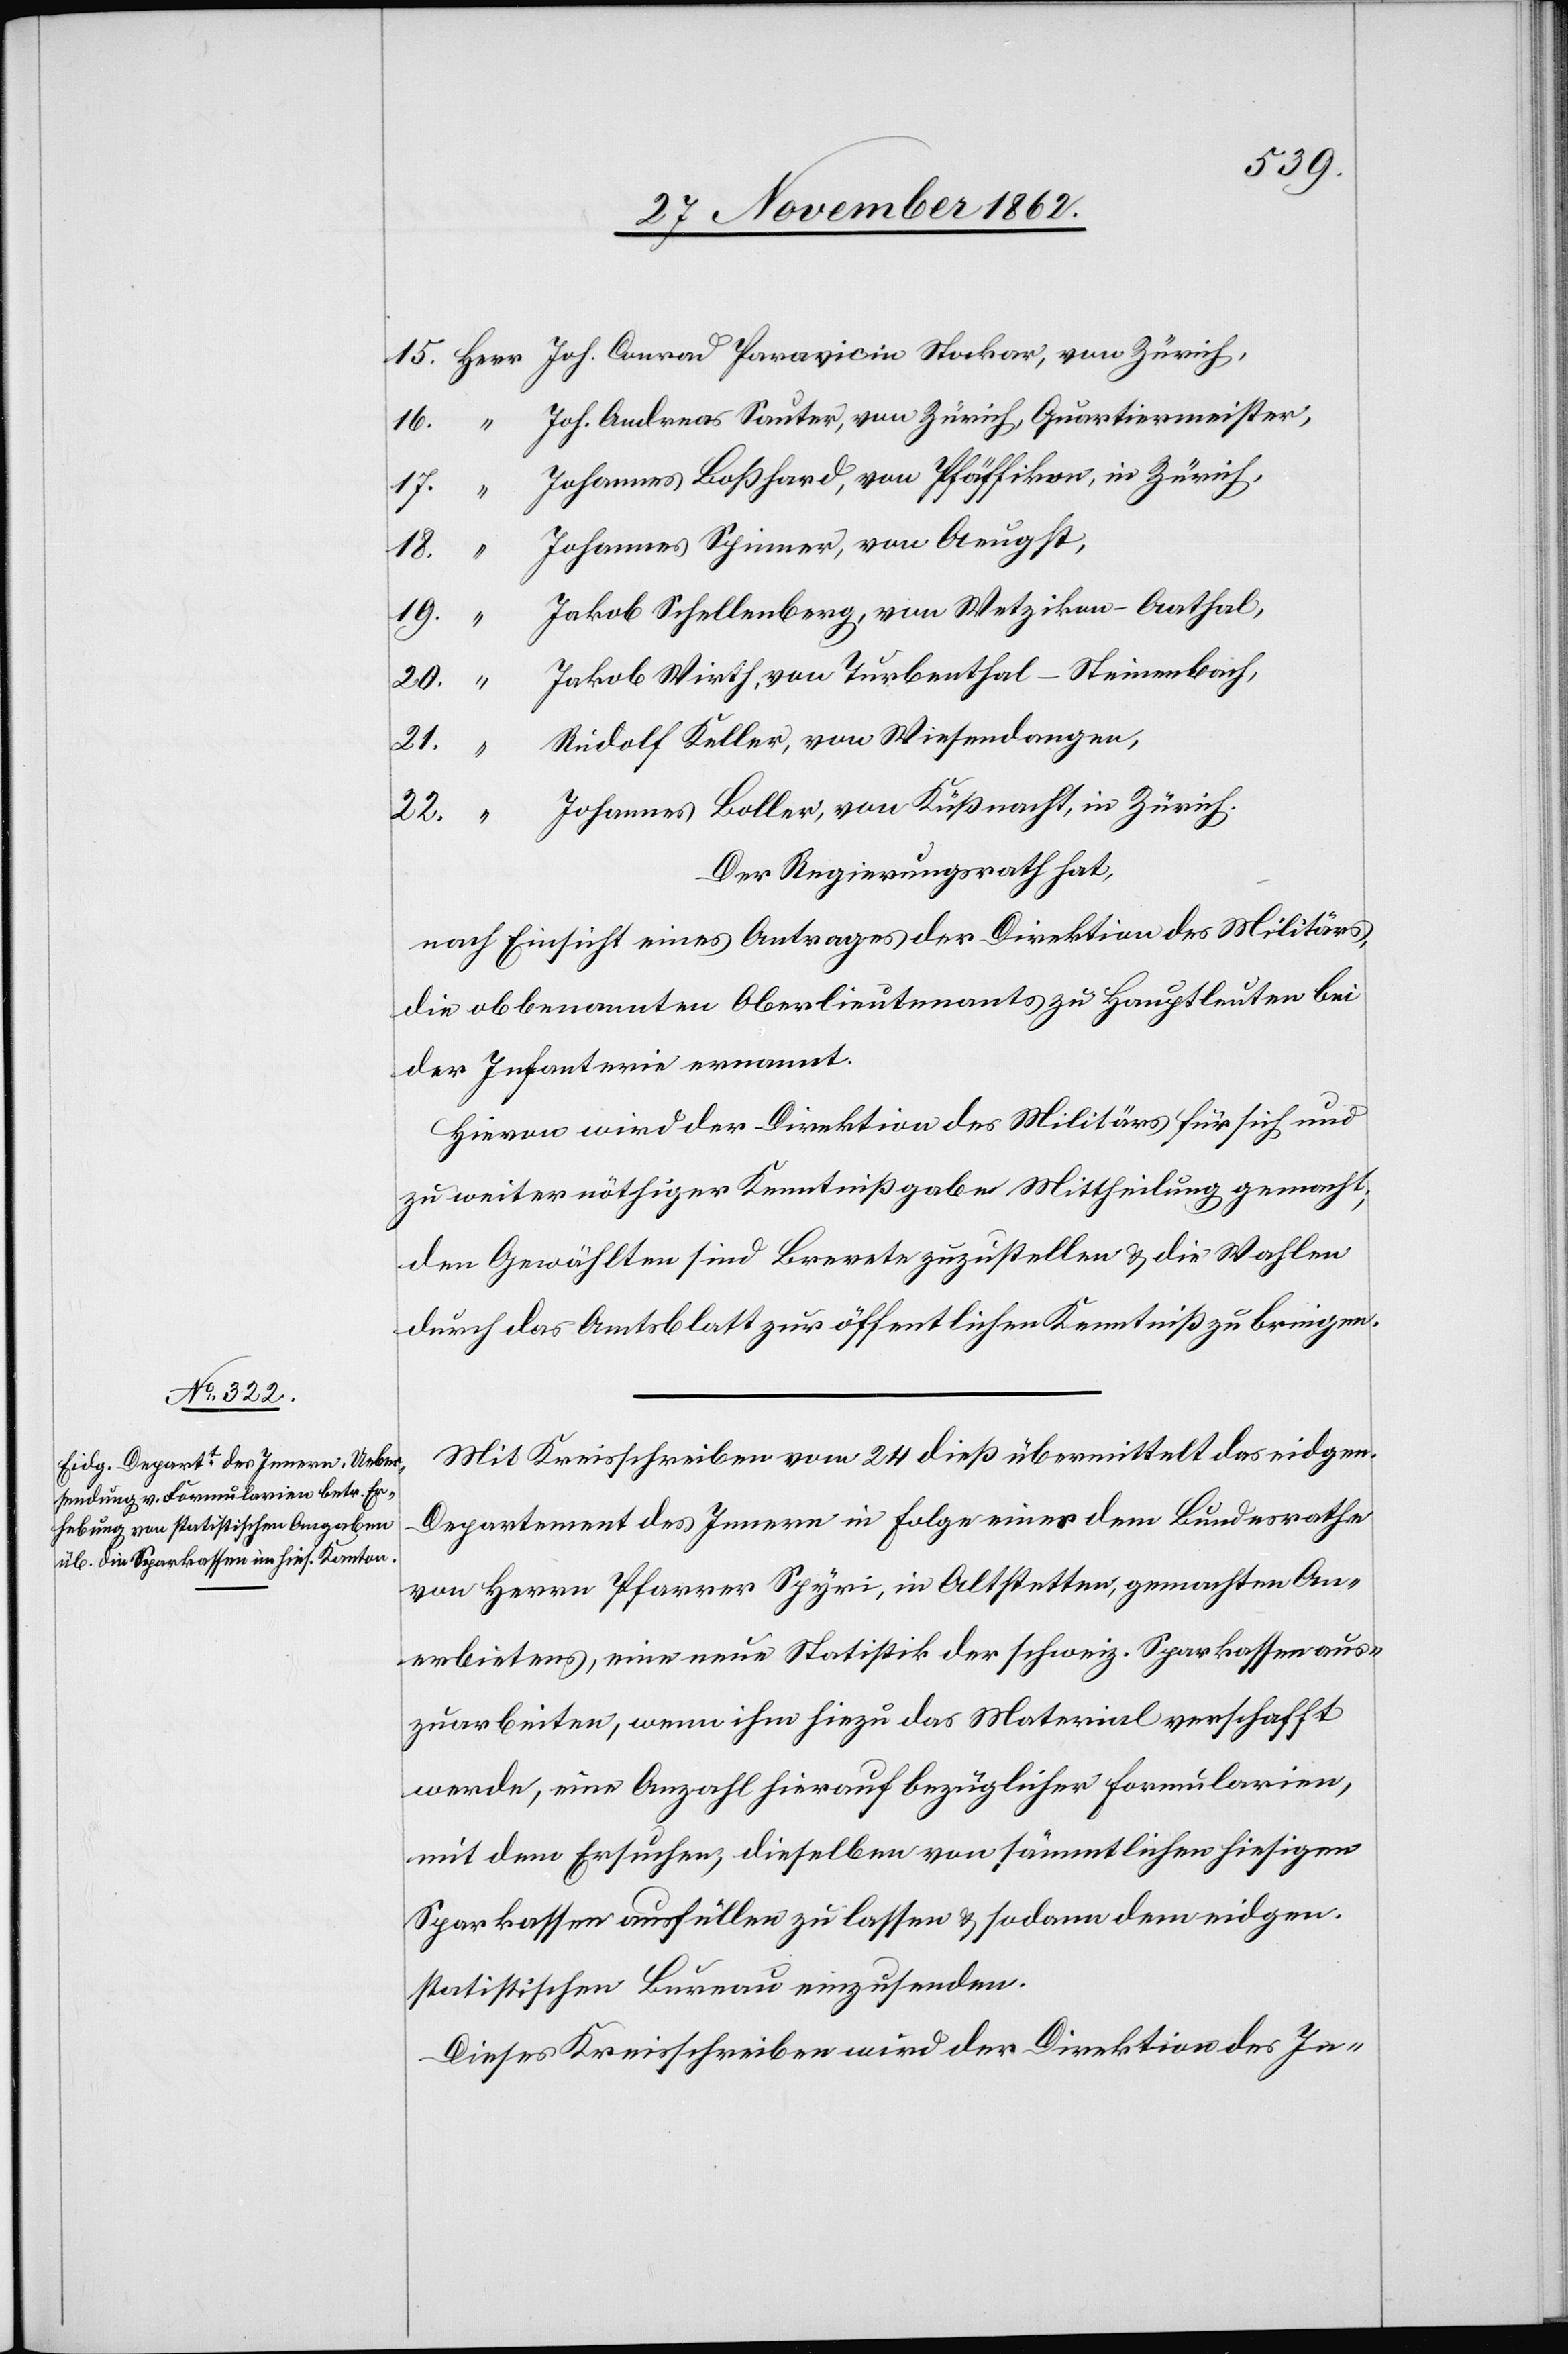
Joh. Andreas Sauter, von Zürich, Quartiermeister,
Johannes Boßhard, von Pfäffikon, in Zürich,
Johannes Spinner, von Aeugst,
19.
Jakob Schellenberg, von Wetzikon-Aathal,
Jakob Wirth, von Turbenthal-Steinenbach,
Rudolf Keller, von Wiesendangen,
Johannes Boller, von Küßnacht, in Zürich.
22.
“
Der Regierungsrath hat,
nach Einsicht eines Antrages der Direktion des Militärs,
die obbenannten Oberlieutenants zu Hauptleuten bei
der Infanterie ernannt.
Hievon wird der Direktion des Militärs für sich und
zu weiter nöthiger Kenntnißgabe Mittheilung gemacht,
den Gewählten sind Brevete zuzustellen u. die Wahlen
durch das Amtsblatt zur öffentlichen Kenntniß zu bringen.
Mit Kreisschreiben vom 24. dieß übermittelt das eidgen.
Departement des Innern in Folge eines dem Bundesrathe
von Herrn Pfarrer Spyri, in Altstetten, gemachten An¬
erbietens, eine neue Statistik der schweiz. Sparkassen aus¬
zuarbeiten, wenn ihm hiezu das Material verschafft
werde, eine Anzahl hierauf bezüglicher Formularien,
mit dem Ersuchen, dieselben von sämmtlichen hiesigen
Sparkassen ausfüllen zu lassen u. sodann dem eidgen.
statistischen Bureau einzusenden.
Dieses Kreisschreiben wird der Direktion des In-